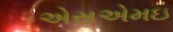
એસએમઇ